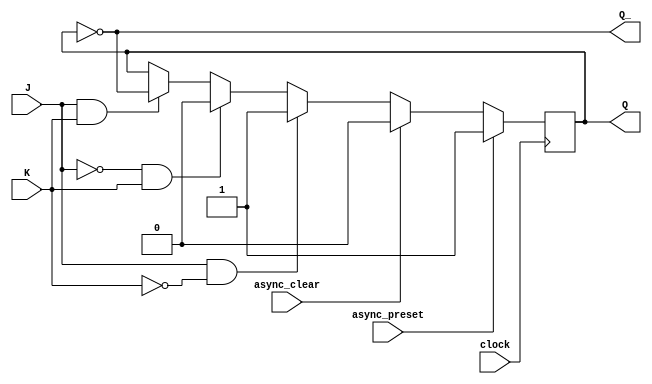
module JK_flip_flop (
    input J,
    input K,
    input clock,
    input async_preset,
    input async_clear,
    output reg Q,
    output reg Q_
);

always @(posedge clock) begin
    if(async_preset)
        Q <= 1'b1;
    else if(async_clear)
        Q <= 1'b0;
    else begin
        if(J && !K)
            Q <= 1'b1;
        else if(!J && K)
            Q <= 1'b0;
        else if(J && K)
            Q <= ~Q;
    end
end

assign Q_ = ~Q;

endmodule